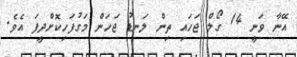
އޭނާ ވަނީ 14 ގޯލް ޖަހައި ތިން ލަނޑު ޖަހަން މަގުފަހިކޮށްދީފަ އެވެ.